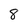
Character: 8